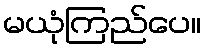
မယုံကြည်ပေ။